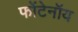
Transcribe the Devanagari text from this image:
फोंटेनॉय